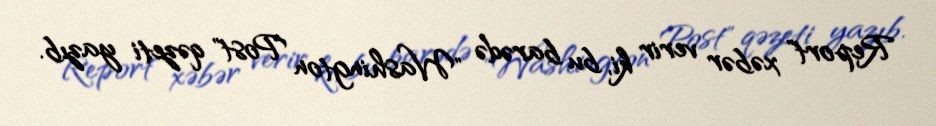
Report" xəbər verir ki, bu barədə "Washington Post" qəzeti yazıb.